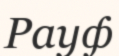
Рауф